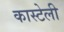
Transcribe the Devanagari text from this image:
कास्टेली